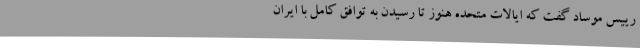
رییس موساد گفت که ایالات متحده هنوز تا رسیدن به توافق کامل با ایران